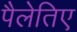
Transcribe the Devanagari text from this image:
पैलेतिए